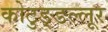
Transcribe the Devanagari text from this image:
कोटुङ्ङल्लूर